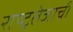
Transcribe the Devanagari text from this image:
राष्ट्रतेजाची